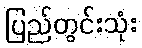
ပြည်တွင်းသုံး